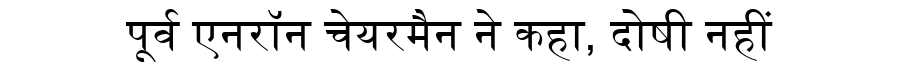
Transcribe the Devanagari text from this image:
पूर्व एनरॉन चेयरमैन ने कहा, दोषी नहीं